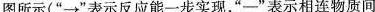
图所示（“\longrightarrow ”表示反应能一步实现，“—”表示相连物质间